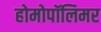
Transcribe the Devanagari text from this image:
होमोपॉलिमर